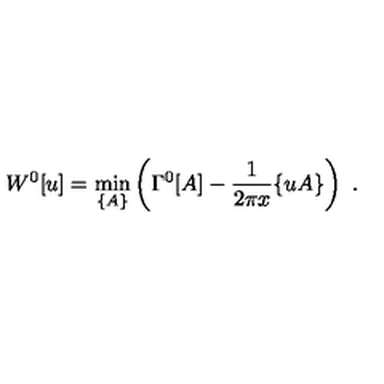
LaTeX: W ^ { 0 } [ u ] = \min _ { \{ A \} } \left( \Gamma ^ { 0 } [ A ] - \frac { 1 } { 2 \pi x } \{ u A \} \right) \ .